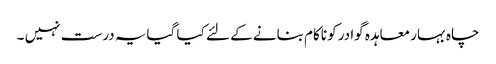
چاہ بہار معاہدہ گوادر کو ناکام بنانے کے لئے کیا گیایہ درست نہیں ۔